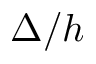
\Delta / h